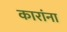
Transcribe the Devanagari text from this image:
कारांना